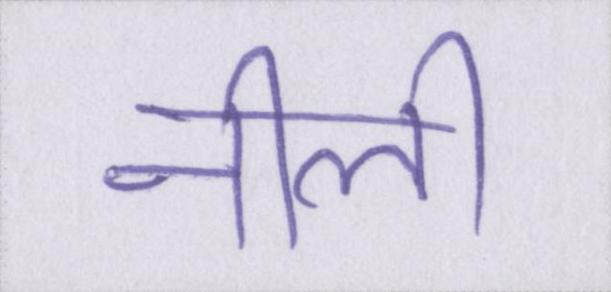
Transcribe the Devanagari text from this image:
नीली